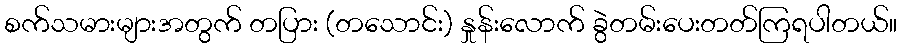
စက်သမားများအတွက် တပြား (တသောင်း) နှုန်းလောက် ခွဲတမ်းပေးတတ်ကြရပါတယ်။